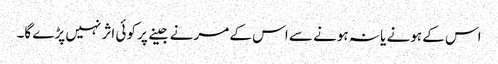
اس کے ہونے یا نہ ہونے سے اس کے مرنے جینے پر کوئی اثر نہیں پڑے گا۔